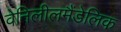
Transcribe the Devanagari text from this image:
वेनिलीलमैंडेलिक